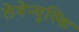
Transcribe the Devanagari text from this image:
लेवेन्युस्कि